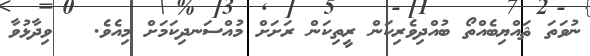
ނުވަތަ ޘައްޔިބެއްތޯ ބުއްދިވެރިކަން ރީތިކަން ރަށަށް މުއްސަނދިކަމަށް މިއެވެ.   ވިދާޅުވާ